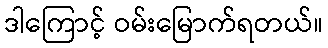
ဒါကြောင့် ဝမ်းမြောက်ရတယ်။